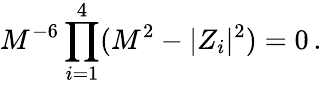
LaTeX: M^{-6}\prod_{i=1}^{4}(M^{2}-|Z_{i}|^{2})=0\, .